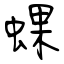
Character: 蜾